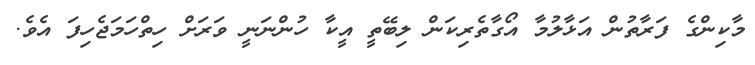
މާކިންގެ ފަރާތުން އަޅާލުމާ އޯގާތެރިކަން ލިބޭތީ އީކާ ހުންނަނީ ވަރަށް ހިތްހަމަޖެހިފަ އެވެ.